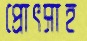
প্রোৎসাহ